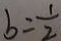
b = \frac { 1 } { 2 }